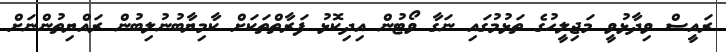
ރައީސް ވިދާޅުވީ މަޖިލީހުގެ ތަޅުމުގައި ނަގާ ވޯޓުން އިދިކޮޅު ފަރާތްތަކަށް ކާމިޔާބުނުލިބުން ރައްޔިތުންނަށް